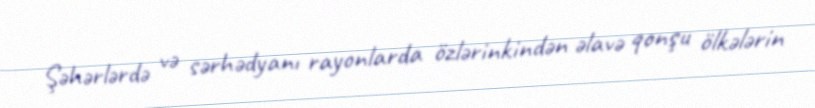
Şəhərlərdə və sərhədyanı rayonlarda özlərinkindən əlavə qonşu ölkələrin